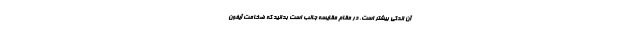
آن اندکی بیشتر است. در مقام مقایسه جالب است بدانید که ضخامت آیفون